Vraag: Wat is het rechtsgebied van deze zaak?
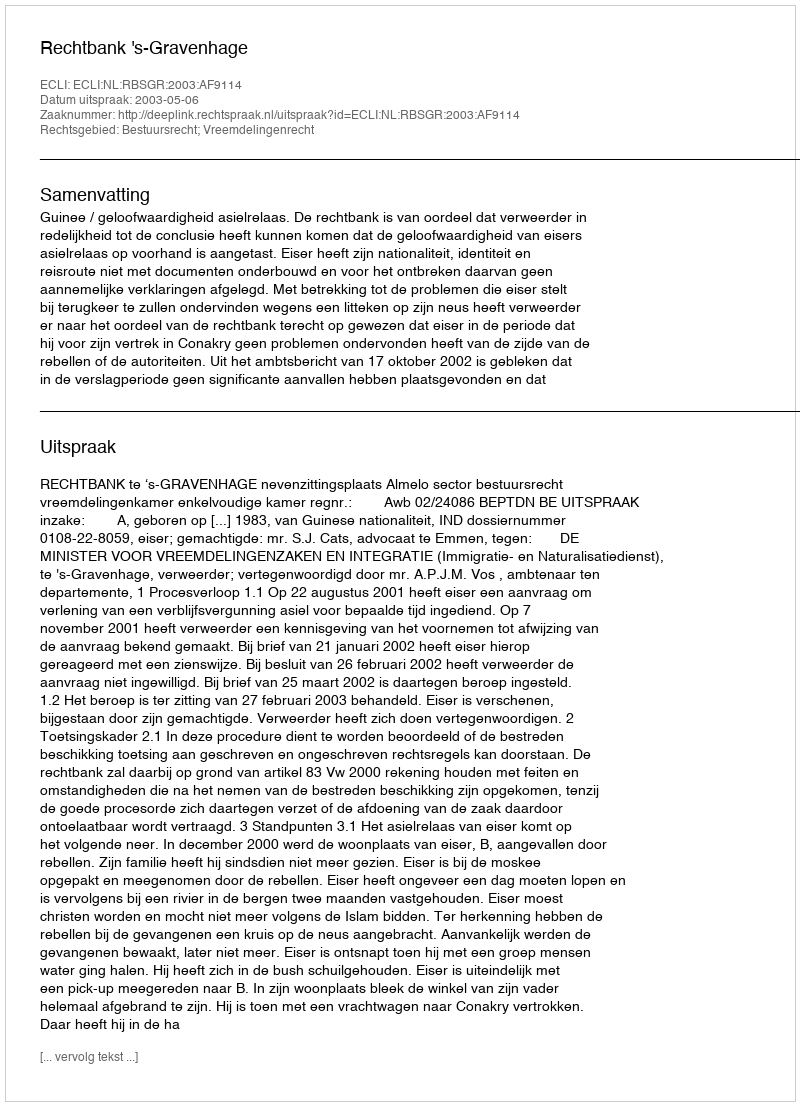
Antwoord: Bestuursrecht; Vreemdelingenrecht